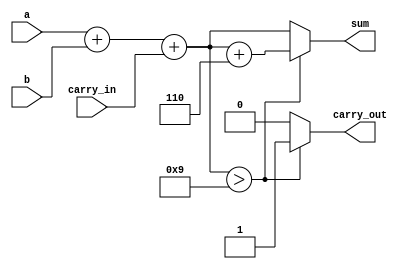
module bcd_adder(
	input [3:0]a,b,
	input carry_in,
	output reg [3:0]sum,
	output reg carry_out
	);

always @(*)
begin
    sum = a + b + carry_in;
    carry_out = 1'b0;
    if (sum > 9) 
    begin
        sum = sum + 4'b0110;
        carry_out =1'b1;
    end
end
endmodule